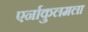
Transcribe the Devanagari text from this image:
एर्नाकुलमला